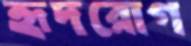
হৃদরোগ